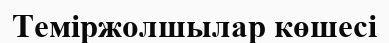
Теміржолшылар көшесі